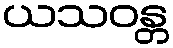
ယသဝန္တ